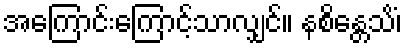
အကြောင်းကြောင့်သာလျှင်။ နစိန္တေသိံ၊